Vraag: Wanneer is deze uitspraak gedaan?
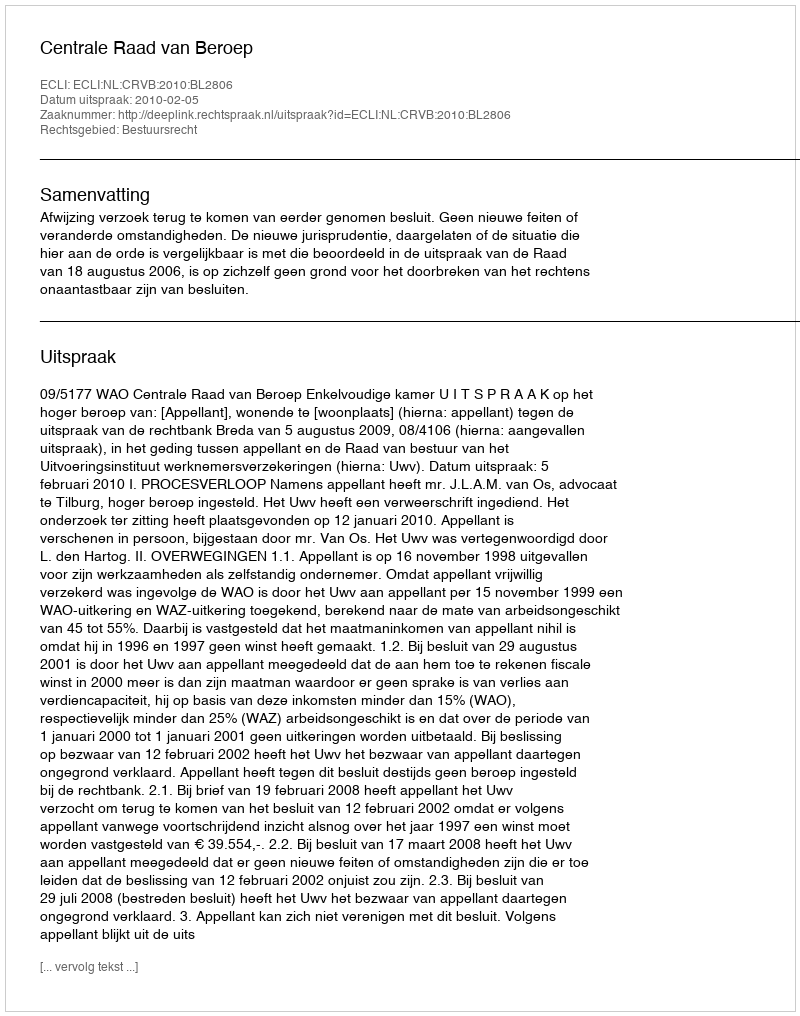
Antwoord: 2010-02-05